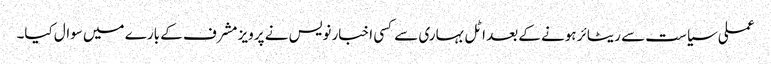
عملی سیاست سے ریٹائر ہونے کے بعد اٹل بہاری سے کسی اخبار نویس نے پرویز مشرف کے بارے میں سوال کیا۔